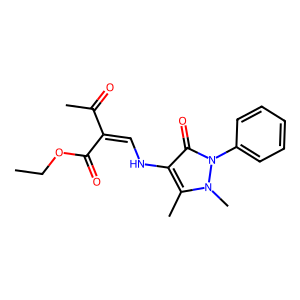
SMILES: CCOC(=O)C(=CNc1c(C)n(C)n(-c2ccccc2)c1=O)C(C)=O
Inhibits HIV replication: No